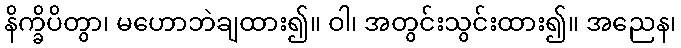
နိက္ခိပိတွာ၊ မဟောဘဲချထား၍။ ဝါ၊ အတွင်းသွင်းထား၍။ အညေန၊